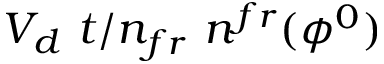
V _ { d } ~ t / n _ { f r } \ n ^ { f r } ( \phi ^ { 0 } )